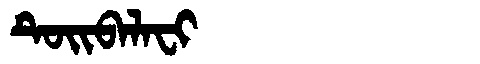
Manchu: ᡨᡠᡳᠪᠠᠯᠠᠸᡳ
Romanization: TUIBALAFI